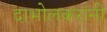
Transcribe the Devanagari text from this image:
दाभोलकरांनी